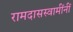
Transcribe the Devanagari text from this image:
रामदासस्वामींनीं